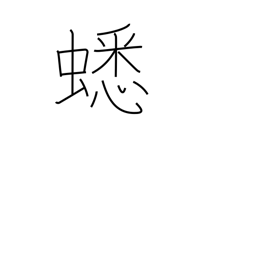
Meaning: cricket